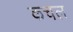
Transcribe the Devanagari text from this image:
कचल